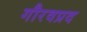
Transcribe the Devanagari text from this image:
गौरवप्रद